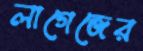
লাগেজের